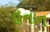
હનાન